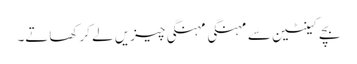
بچے کینٹین سے مہنگی مہنگی چیزیں لے کر کھاتے۔